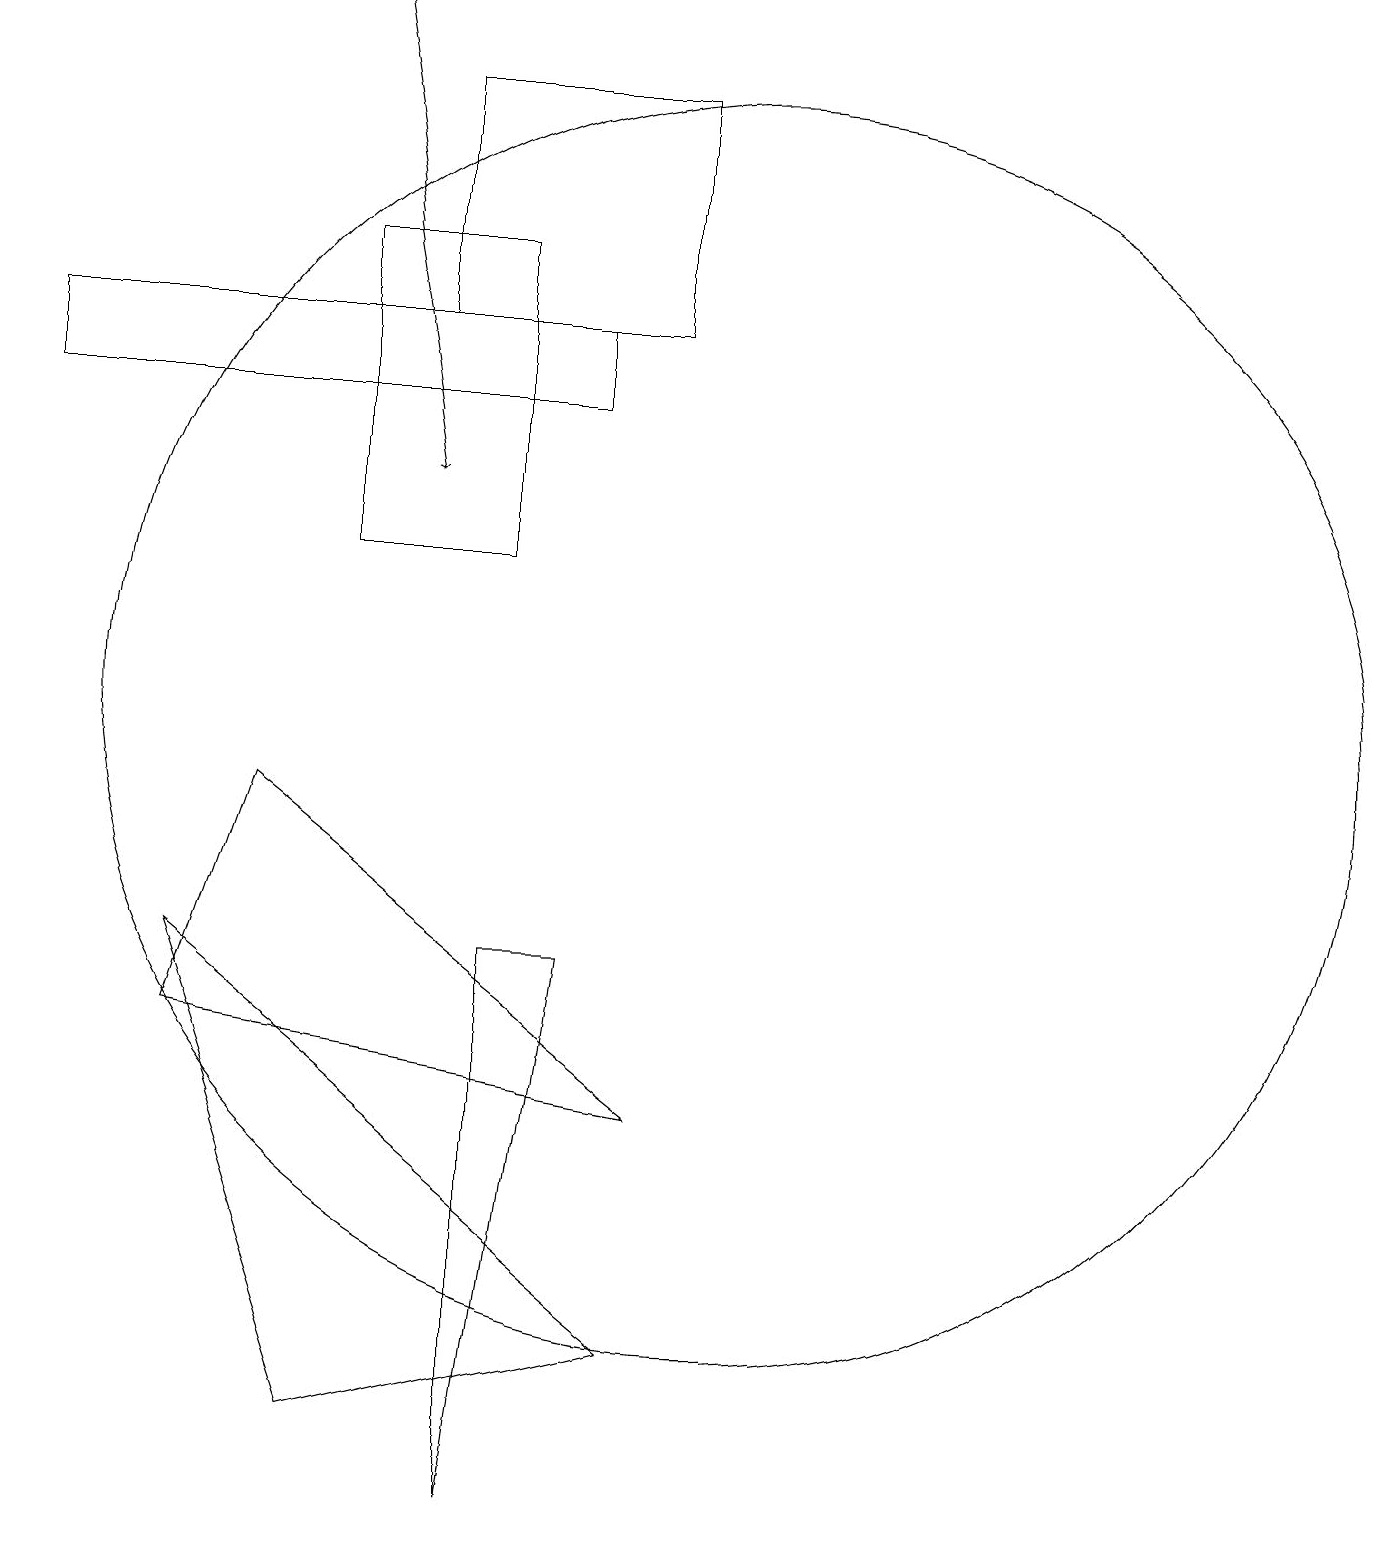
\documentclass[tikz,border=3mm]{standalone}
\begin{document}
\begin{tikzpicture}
\draw (10,10) circle (8);
\draw (5,1) -- (3,7) -- (9,2) -- cycle;
\draw[->] (5,19) -- (6,13);
\draw (8,7) -- (7,0) -- (7,7) -- cycle;
\draw (7,12) rectangle (5,16);
\draw (4,9) -- (9,5) -- (3,6) -- cycle;
\draw (8,15) rectangle (1,14);
\draw (9,18) rectangle (6,15);
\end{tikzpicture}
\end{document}